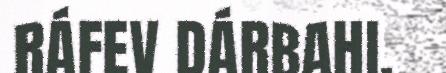
RÁFEV DÁRBAHI.